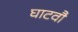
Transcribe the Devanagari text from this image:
घाटवौ